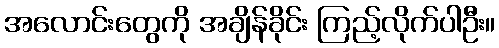
အလောင်းတွေကို အချိန်ခိုင်း ကြည့်လိုက်ပါဦး။